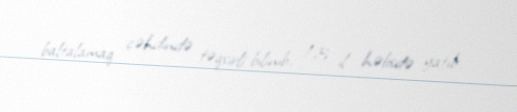
baltalamaq cəhdində təqsirli bilinib, 13 il həbsdə yatıb.